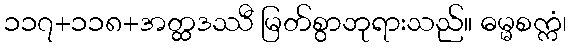
၁၁၇+၁၁၈+အတ္ထဒဿီ မြတ်စွာဘုရားသည်။ ဓမ္မစက္ကံ၊